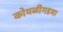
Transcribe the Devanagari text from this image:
कोथळीगडचा